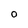
Character: O